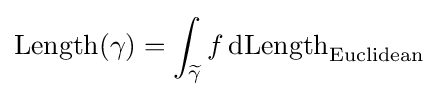
\operatorname {Length} (\gamma )=\int _{\widetilde {\gamma }}f\,\mathrm {dLength} _{\text{Euclidean}}